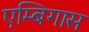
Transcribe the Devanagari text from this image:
एम्बिगास